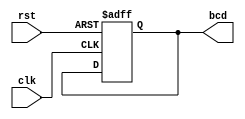
module counter (
    input wire clk,  // Clock input
    input wire rst,  // Reset input
    output reg [3:0] bcd  // BCD output
);
    reg [24:0] one_second_counter = 25'b0;  // 50 MHz clock has a period of 20 ns, so 1 second is 50,000,000 cycles

    always @(posedge clk or posedge rst) begin
        if (rst) begin
            bcd <= 4'b0000;
            one_second_counter <= 25'b0;
        end else begin
            one_second_counter <= one_second_counter + 1'b1;
            if (one_second_counter == 49999999) begin  // If 1 second has passed
                one_second_counter <= 25'b0;
                if (bcd == 4'b1001)  // If BCD is at 9, reset it
                    bcd <= 4'b0000;
                else 
                    bcd <= bcd + 1'b1;  // Increment BCD
            end
        end
    end
endmodule